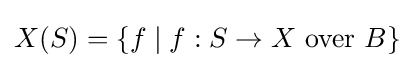
X(S)=\{f\mid f:S\to X{\text{ over }}B\}